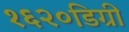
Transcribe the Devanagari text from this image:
१६२०डिग्री